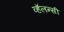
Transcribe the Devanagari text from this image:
व्हॅलन्सी